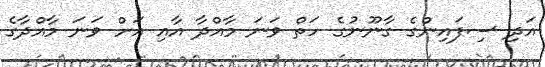
އަދި ސިފައިންގެ ގާނޫނުގެ ހަތް ވަނަ މާއްދާ އާއި އަށް ވަނަ މާއްދާގެ